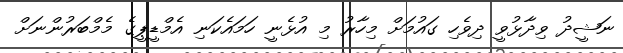
ނަޝީދު ވިދާޅުވީ ދިވެހި ގައުމަށް މިހާރު މި އުޅެނީ ހަމައެކަނި އެމްޑީޕީގެ މެމްބަރުންނަށް